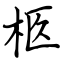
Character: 柩